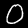
Digit: 0